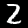
Label: 2